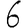
Digit: 6